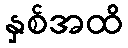
နှစ်အထိ